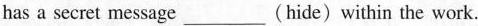
has a secret message ___ (hide) within the work.